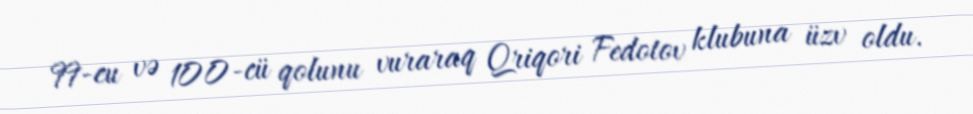
99-cu və 100-cü qolunu vuraraq Qriqori Fedotov klubuna üzv oldu.